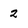
Character: 2